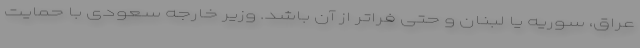
عراق، سوریه یا لبنان و حتی فراتر از آن باشد. وزیر خارجه سعودی با حمایت